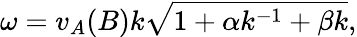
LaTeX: \omega=v_{A}(B)k\sqrt{1+\alpha k^{-1}+\beta k},